Annual report on the Civil Veterinary Department, Burma (including the Insein Veterinary School) - 1910-1922
Year: 1910
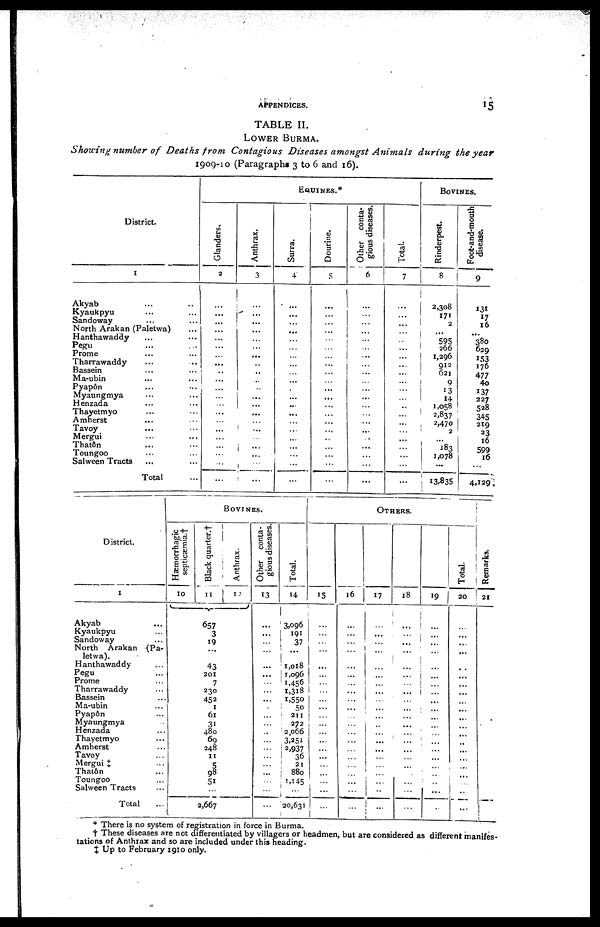
APPENDICES.
1
5
TABLE II.
LOWER BURMA.
Showing number of Deaths from Contagious Diseases amongst Animals during the year
1909-10 (Paragraphs 3 to 6 and 16).
District.
1
Akyab ... ...
Kyaukpyu ... ...
Sandoway ... ...
North Arakan (Paletwa) ...
Hanthawaddy ... ...
Pegu ... ...
Prome ... ...
Tharrawaddy ... ...
Bassein ... ... ..
Ma-ubin ... ...
Pyapôn ... ...
Myaungmya ... ...
Henzada ... ...
Thayetmyo ... ...
Amherst ... ...
Tavoy
... ...
Mergui ... ...
Thaton ... ...
Toungoo ... ...
Salween Tracts ... ...
Total ...
EQUINES.*
Glanders.
3
...
...
...
...
...
...
...
...
..
...
...
...
...
...
...
...
...
...
...
...
...
Anthrax.
3
...
...
...
...
...
...
...
...
...
...
...
...
...
...
...
...
...
...
...
...
...
Surra.
4
...
...
...
...
...
...
...
...
...
...
...
...
...
...
...
...
...
...
...
...
...
Dourine.
5
...
...
...
...
...
...
...
...
...
...
...
...
...
...
...
...
..
...
...
...
...
Other conta-
gious diseases.
6
...
...
...
...
...
...
...
...
...
...
...
...
...
...
...
...
...
...
...
...
...
Total.
7
...
...
...
...
...
...
...
...
...
...
...
...
...
...
...
...
...
...
...
...
...
BOVINES.
Rinderpest.
8
2,308
171
2
...
595
366
1,296
912
621
9
13
14
1,058
2,837
2,470
3
...
183
1,078
...
13,835
Foot-and-mouth
disease.
9
131
17
16
...
380
629
133
176
477
4o
137
227
528
345
219
23
16
599
16
...
4,129.
District.
1
Akyab ...
Kyaukpyu ...
Sandoway ...
North Arakan (Pa-
letwa).
Hanthawaddy ...
Pegu ...
Prome ...
Tharrawaddy ...
Bassein ...
Ma-ubin ...
Pyapôn ..
Myaungmya ...
Henzada ...
Thayetmyo ...
Amherst ...
Tavoy ...
Mergui ‡ ...
Thatôn ...
Toungoo ...
Salween Tracts ...
Total ...
BOVINES.
septicæmia.†
10
Black quarter.†
11
3
19
...
43
201
7
330
452
1
61
31
480
69
348
11
5
98
51
...
2,667
Anthrax.
12
Other conta-
gious diseases.
13
...
...
...
...
...
...
...
...
...
...
...
...
...
...
...
...
...
...
...
...
...
Total.
14
3,096
191
37
...
1,018
1,096
1,456
1,318
1,550
50
211
272
2,066
3,251
2,937
36
21
880
1,145
....
20,631
OTHERS..
15
...
...
...
...
...
...
...
...
...
...
...
...
...
...
...
...
...
...
...
...
...
16
...
...
...
...
...
...
...
...
...
...
...
...
...
...
...
...
...
...
...
...
...
17
...
...
...
...
...
...
...
...
...
...
...
...
...
...
...
...
...
...
...
...
...
18
...
...
...
...
...
...
...
...
...
...
...
...
...
...
...
...
...
...
...
...
...
19
...
...
...
...
...
...
...
...
...
...
...
...
...
...
...
...
...
...
...
...
...
Total.
20
...
...
...
...
...
...
...
...
...
...
...
...
...
...
...
...
...
...
...
...
...
Re ma r
ks .
21
* There is no system of registration in force in Burma.
† These diseases are not differentiated by villagers or headmen, but are considered as different manifes-
tations of Anthrax and so are included under this heading.
‡
Up to February 1910 only.